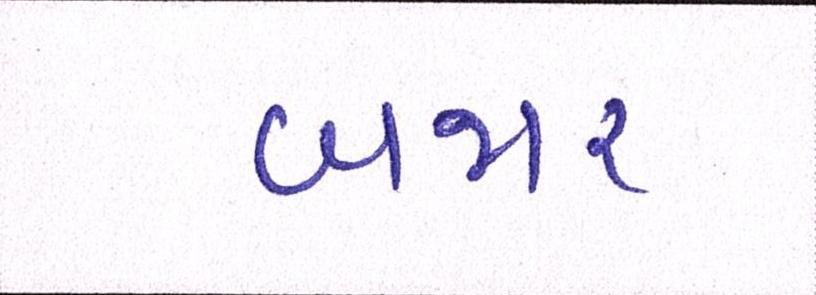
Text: બજાર